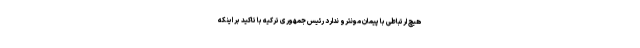
هیچ ارتباطی با پیمان مونترو ندارد رئیس جمهوری ترکیه با تاکید بر اینکه